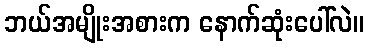
ဘယ်အမျိုးအစားက နောက်ဆုံးပေါ်လဲ။